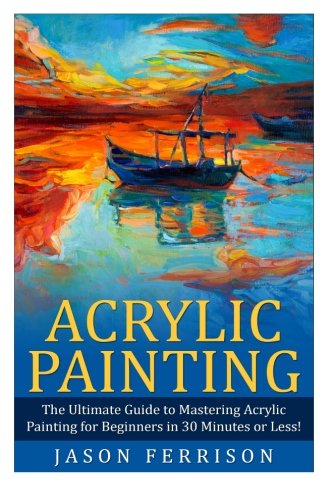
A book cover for Acrylic Painting: The Ultimate Guide to Mastering Acrylic Painting for Beginners in 30 Minutes or Less! (Acrylic Painting - Painting - How to Paint - Acrylic Painting for Beginners - Acrylic Paint); Jason Ferrison; Arts & Photography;